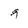
Character: 9